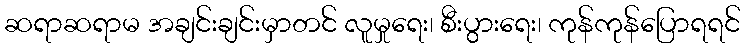
ဆရာဆရာမ အချင်းချင်းမှာတင် လူမှုရေး၊ စီးပွားရေး၊ ကုန်ကုန်ပြောရရင်